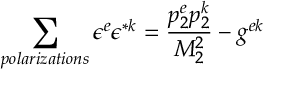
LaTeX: \sum _ { p o l a r i z a t i o n s } \epsilon ^ { e } \epsilon ^ { * k } = \frac { p _ { 2 } ^ { e } p _ { 2 } ^ { k } } { M _ { 2 } ^ { 2 } } - g ^ { e k }